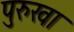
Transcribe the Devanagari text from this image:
पुरुखा